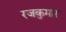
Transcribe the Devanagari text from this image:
रजकुमार